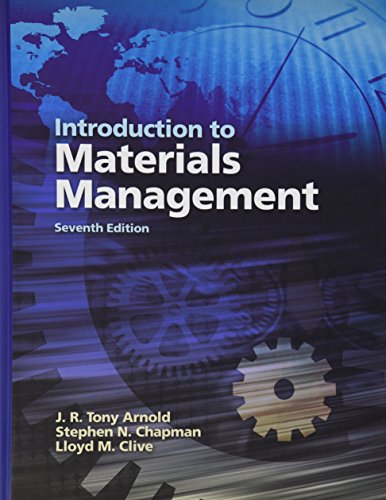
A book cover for Introduction to Materials Management (7th Edition); J. R. Tony Arnold; Business & Money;